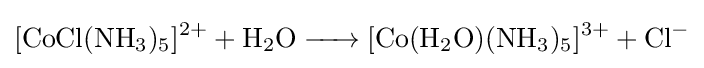
{\ce {[CoCl(NH3)5]^2+ + H2O -> [Co(H2O)(NH3)5]^3+ + Cl-}}